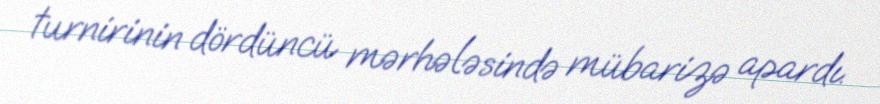
turnirinin dördüncü mərhələsində mübarizə apardı.